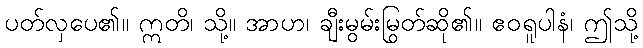
ပတ်လှပေ၏။ ဣတိ၊ သို့။ အာဟ၊ ချီးမွမ်းမြွတ်ဆို၏။ ဧဝရူပါနံ၊ ဤသို့